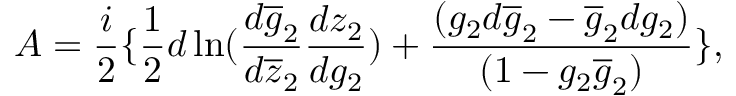
A = \frac { i } { 2 } \{ \frac { 1 } { 2 } d \ln ( \frac { d \overline { { { g } } } _ { 2 } } { d \overline { { { z } } } _ { 2 } } \frac { d z _ { 2 } } { d g _ { 2 } } ) + \frac { ( g _ { 2 } d \overline { { { g } } } _ { 2 } - \overline { { { g } } } _ { 2 } d g _ { 2 } ) } { ( 1 - g _ { 2 } \overline { { { g } } } _ { 2 } ) } \} ,